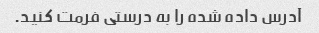
آدرس داده شده را به درستی فرمت کنید.